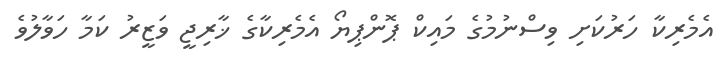
އެމެރިކާ ހަރުކަށި ވިސްނުމުގެ މައިކް ޕޮންޕިޔޯ އެމެރިކާގެ ޚާރިޖީ ވަޒީރު ކަމާ ހަވާލުވެ